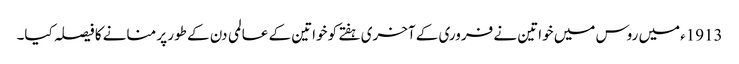
1913ءمیں روس میں خواتین نے فروری کے آخری ہفتے کو خواتین کے عالمی دن کے طور پر منانے کا فیصلہ کیا۔